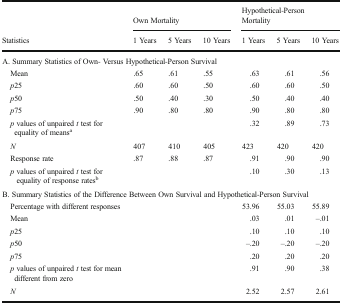
<table><thead><tr><td rowspan="2"><b>Statistics</b></td><td colspan="3"><b>Own Mortality</b></td><td colspan="3"><b>Hypothetical-Person Mortality</b></td></tr><tr><td><b>1 Years</b></td><td><b>5 Years</b></td><td><b>10 Years</b></td><td><b>1 Years</b></td><td><b>5 Years</b></td><td><b>10 Years</b></td></tr></thead><tbody><tr><td colspan="7">A. Summary Statistics of Own- Versus Hypothetical-Person Survival</td></tr><tr><td> Mean</td><td>.65</td><td>.61</td><td>.55</td><td>.63</td><td>.61</td><td>.56</td></tr><tr><td> <i>p</i>25</td><td>.60</td><td>.60</td><td>.50</td><td>.60</td><td>.60</td><td>.50</td></tr><tr><td> <i>p</i>50</td><td>.50</td><td>.40</td><td>.30</td><td>.50</td><td>.40</td><td>.40</td></tr><tr><td> <i>p</i>75</td><td>.90</td><td>.80</td><td>.80</td><td>.90</td><td>.80</td><td>.80</td></tr><tr><td> <i>p</i> values of unpaired <i>t</i> test for equality of means<sup>a</sup></td><td></td><td></td><td></td><td>.32</td><td>.89</td><td>.73</td></tr><tr><td> <i>N</i></td><td>407</td><td>410</td><td>405</td><td>423</td><td>420</td><td>420</td></tr><tr><td> Response rate</td><td>.87</td><td>.88</td><td>.87</td><td>.91</td><td>.90</td><td>.90</td></tr><tr><td> <i>p</i> values of unpaired <i>t</i> test for equality of response rates<sup>b</sup></td><td></td><td></td><td></td><td>.10</td><td>.30</td><td>.13</td></tr><tr><td colspan="7">B. Summary Statistics of the Difference Between Own Survival and Hypothetical-Person Survival</td></tr><tr><td> Percentage with different responses</td><td></td><td></td><td></td><td>53.96</td><td>55.03</td><td>55.89</td></tr><tr><td> Mean</td><td></td><td></td><td></td><td>.03</td><td>.01</td><td>–.01</td></tr><tr><td> <i>p</i>25</td><td></td><td></td><td></td><td>.10</td><td>.10</td><td>.10</td></tr><tr><td> <i>p</i>50</td><td></td><td></td><td></td><td>–.20</td><td>–.20</td><td>–.20</td></tr><tr><td> <i>p</i>75</td><td></td><td></td><td></td><td>.20</td><td>.20</td><td>.20</td></tr><tr><td> <i>p</i> values of unpaired <i>t</i> test for mean different from zero</td><td></td><td></td><td></td><td>.91</td><td>.90</td><td>.38</td></tr><tr><td> <i>N</i></td><td></td><td></td><td></td><td>2.52</td><td>2.57</td><td>2.61</td></tr></tbody></table>